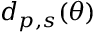
d _ { p , s } ( \theta )